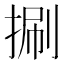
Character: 𢯍